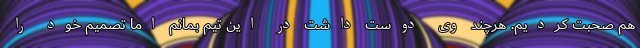
هم صحبت کردیم. هرچند وی دوست داشت در این تیم بمانم اما تصمیم خود را